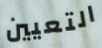
التعيين